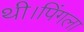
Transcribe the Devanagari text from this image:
थी।पिंगला